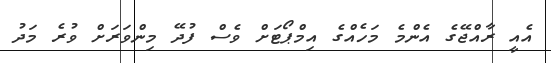
އެއީ ރާއްޖޭގެ އެންމެ މަހެއްގެ އިމްޕޯޓަށް ވެސް ފުދޭ މިންވަރަށް ވުރެ މަދު